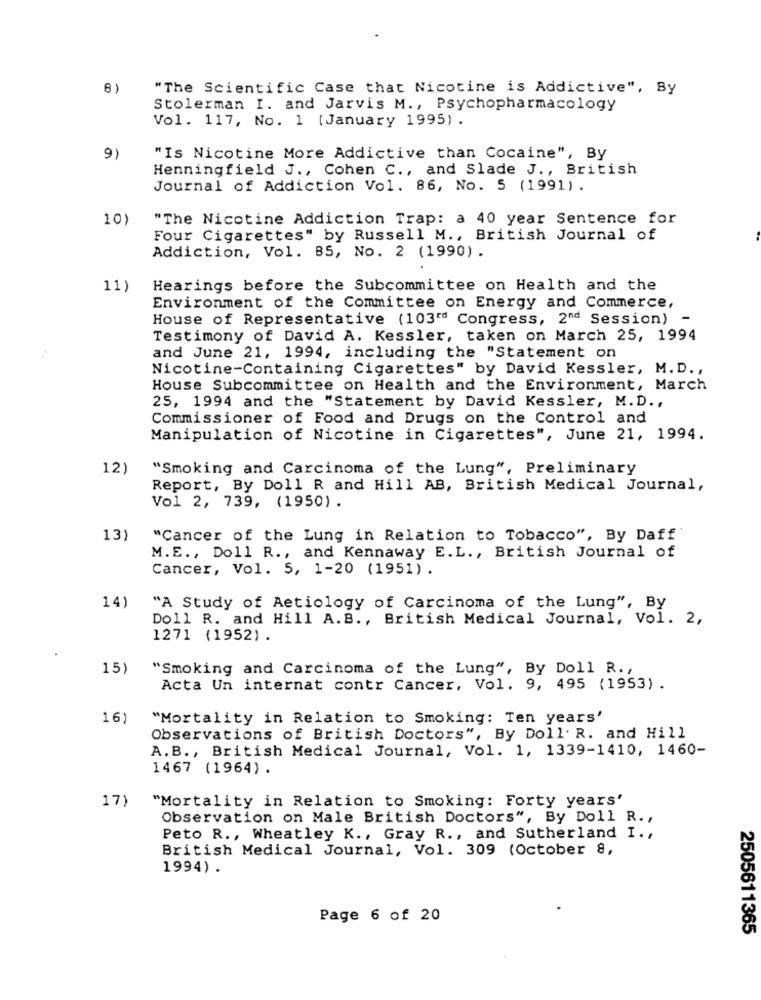
8)
"The Scientific Case that Nicotine is Addictive", By
Stolerman I. and Jarvis M ., Psychopharmacology
Vol. 117, No. 1 [January 1995).
9)
"Is Nicotine More Addictive than Cocaine", By
Henningfield J ., Cohen C ., and Slade J ., British
Journal of Addiction Vol. 86, No. 5 (1991) .
10)
"The Nicotine Addiction Trap: a 40 year Sentence for
Four Cigarettes" by Russell M ., British Journal of
Addiction, Vol. 85, No. 2 (1990).
11)
Hearings before the Subcommittee on Health and the
Environment of the Committee on Energy and Commerce,
House of Representative (103" Congress, 2"d Session)
-
Testimony of David A. Kessler, taken on March 25, 1994
and June 21, 1994, including the "Statement on
Nicotine-Containing Cigarettes" by David Kessler, M.D .,
House Subcommittee on Health and the Environment, March
25, 1994 and the "Statement by David Kessler, M.D .,
Commissioner of Food and Drugs on the Control and
Manipulation of Nicotine in Cigarettes", June 21, 1994.
12)
"Smoking and Carcinoma of the Lung", Preliminary
Report, By Doll R and Hill AB, British Medical Journal,
Vol 2, 739, (1950) .
13)
"Cancer of the Lung in Relation to Tobacco", By Daff'
M.E ., Doll R ., and Kennaway E. L ., British Journal of
Cancer, Vol. 5, 1-20 (1951).
14)
"A Study of Aetiology of Carcinoma of the Lung", By
Doll R. and Hill A.B ., British Medical Journal, Vol. 2,
1271 (1952).
15)
"Smoking and Carcinoma of the Lung", By Doll R. ,
Acta Un internat contr Cancer, Vol. 9, 495 (1953) .
16)
"Mortality in Relation to Smoking: Ten years'
Observations of British Doctors", By Doll. R. and Hill
A.B ., British Medical Journal, Vol. 1, 1339-1410, 1460-
1467 (1964).
"Mortality in Relation to Smoking: Forty years'
17)
Observation on Male British Doctors", By Doll R. ,
Peto R ., Wheatley K ., Gray R ., and Sutherland I .,
British Medical Journal, Vol. 309 (October 8,
1994) .
Page 6 of 20
2505611365